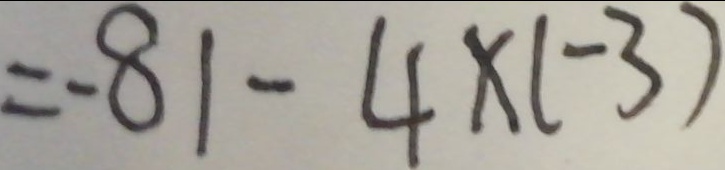
= - 8 1 - 4 \times ( - 3 )